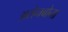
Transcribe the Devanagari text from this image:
असेनबोना